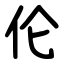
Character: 伦